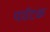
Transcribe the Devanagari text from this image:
पयॅटक